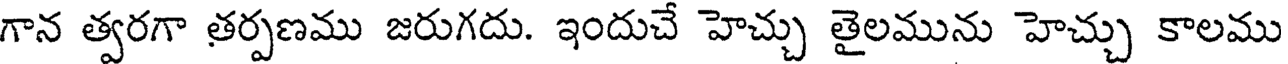
గాన త్వరగా తర్పణము జరుగదు. ఇందుచే హెచ్చు తైలమును హెచ్చు కాలము